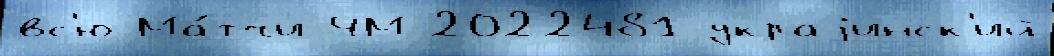
вс'ю Ма́тчи ЧМ-2022481 украjинск'ий